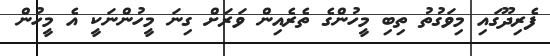
ފެރިދޫގައި މިވަގުތު ތިބި މީހުންގެ ތެރެއިން ވަރަށް ގިނަ މީހުންނަކީ އެ މީހުން